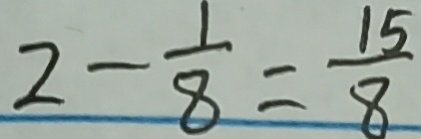
2 - \frac { 1 } { 8 } = \frac { 1 5 } { 8 }